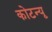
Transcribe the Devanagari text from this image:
कोटन्यू